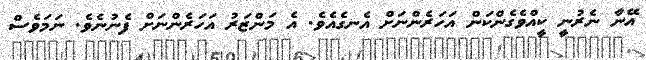
އޭނާ ނެރުނީ ކީއްވެގެންކަން އަހަރެންނަށް އެނގެއެވެ. އެ މަންޒަރު އަހަރެންނަށް ފެނުނެވެ. ނަމަވެސް